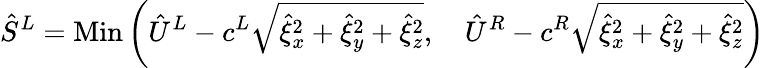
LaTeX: \hat{S}^{L}=\operatorname{Min}\left(\hat{U}^{L}-c^{L}\sqrt{\hat{\xi}_{x}^{2}+\hat{\xi}_{y}^{2}+\hat{\xi}_{z}^{2}},\quad\hat{U}^{R}-c^{R}\sqrt{\hat{\xi}_{x}^{2}+\hat{\xi}_{y}^{2}+\hat{\xi}_{z}^{2}}\right)